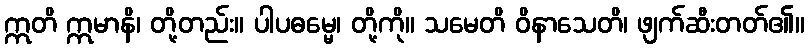
ဣတိ ဣမာနိ၊ တို့တည်း။ ပါပဓမ္မေ၊ တို့ကို။ သမေတိ ဝိနာသေတိ၊ ဖျက်ဆီးတတ်၏။